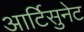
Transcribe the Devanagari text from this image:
आर्टिसुनेट